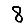
Digit: 8